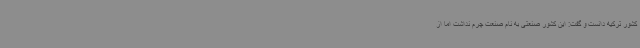
کشور ترکیه دانست و گفت: این کشور صنعتی به نام صنعت چرم نداشت اما از